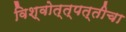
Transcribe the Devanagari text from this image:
विश्वोत्त्पत्तीचा